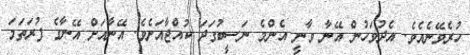
ހުރެވޭނެއެވެ. އެދުވަހުން އޭނާ ވާނީ އެންމެ ނަސީބުގަދަ ކުއްޖާއަށެވެ. އޭނާއަށް އޭނާގެ ފުރަތަމަ